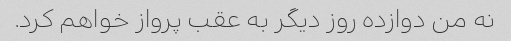
نه من دوازده روز دیگر به عقب پرواز خواهم کرد.